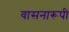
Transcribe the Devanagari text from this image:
वासनारूपी